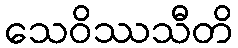
သေဝိဿသီတိ